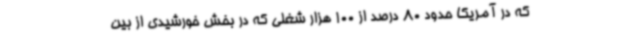
که در آمریکا حدود 80 درصد از 100 هزار شغلی که در بخش خورشیدی از بین